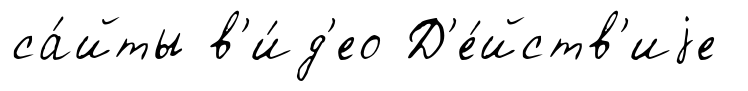
са́йты в'и́д'ео Д'е́йств'иjе